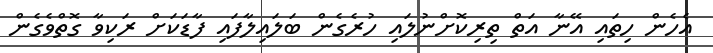
އެހެން ހިތައި އޭނާ އަތް ތިރިކޮށްނުލައި ހުރެގެން ބަލައިލާފައި ފާޑަކަށް ރަކިވާ ގޮތްވެގެން